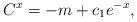
LaTeX: \begin{align*}C^{x}=-m+c_{1}e^{-x},\end{align*}